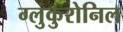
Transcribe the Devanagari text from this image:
ग्लुकुरोनिल